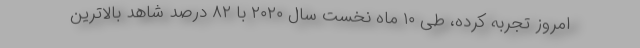
امروز تجربه کرده، طی ۱۰ ماه نخست سال ۲۰۲۰ با ۸۲ درصد شاهد بالاترین